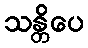
သန္တိပေ